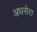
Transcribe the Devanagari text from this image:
अधसेरा